Indian journal of veterinary science and animal husbandry - Volume 2,
Year: 1932
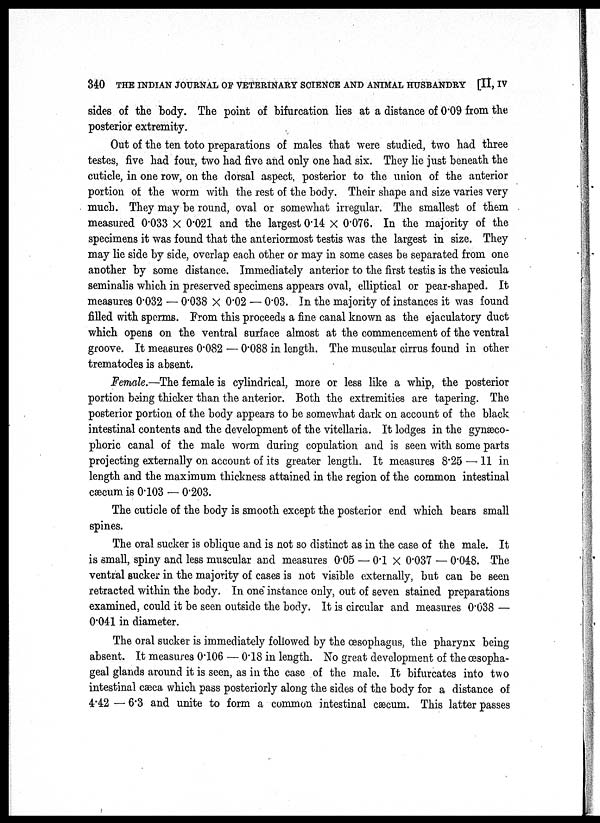
340 THE INDIAN JOURNAL OF VETERINARY SCIENCE AND ANIMAL HUSBANDRY [II, IV
sides of the body. The point of bifurcation lies at a distance of 0.09 from the
posterior extremity.
Out of the ten toto preparations of males that were studied, two had three
testes, five had four, two had five and only one had six. They lie just beneath the
cuticle, in one row, on the dorsal aspect, posterior to the union of the anterior
portion of the worm with the rest of the body. Their shape and size varies very
much. They may be round, oval or somewhat irregular. The smallest of them
measured 0.033 × 0.021 and the largest 0.14 × 0.076. In the majority of the
specimens it was found that the anteriormost testis was the largest in size. They
may lie side by side, overlap each other or may in some cases be separated from one
another by some distance. Immediately anterior to the first testis is the vesicula
seminalis which in preserved specimens appears oval, elliptical or pear-shaped. It
measures 0.032 — 0.038 × 0.02 - 0.03. In the majority of instances it was found
filled with sperms. From this proceeds a fine canal known as the ejaculatory duct
which opens on the ventral surface almost at the commencement of the ventral
groove. It measures 0.082 — 0.088 in length. The muscular cirrus found in other
trematodes is absent.
Female.—The female is cylindrical, more or less like a whip, the posterior
portion being thicker than the anterior. Both the extremities are tapering. The
posterior portion of the body appears to be somewhat dark on account of the black
intestinal contents and the development of the vitellaria. It lodges in the gynæco¬
phoric canal of the male worm during copulation and is seen with some parts
projecting externally on account of its greater length. It measures 8.25 — 11 in
length and the maximum thickness attained in the region of the common intestinal
cæcum is 0.103 — 0.203.
The cuticle of the body is smooth except the posterior end which bears small
spines.
The oral sucker is oblique and is not so distinct as in the case of the male. It
is small, spiny and less muscular and measures 0.05 - 0.1 × 0.037 - 0.048. The
ventral sucker in the majority of cases is not visible externally, but can be seen
retracted within the body. In one instance only, out of seven stained preparations
examined, could it be seen outside the body. It is circular and measures 0.038 -
0.041 in diameter.
The oral sucker is immediately followed by the œsophagus, the pharynx being
absent. It measures 0.106- 0.18 in length. No great development of the œsopha-
geal glands around it is seen, as in the case of the male. It bifurcates into two
intestinal cæca which pass posteriorly along the sides of the body for a distance of
4.42 - 6.3 and unite to form a common intestinal cæcum. This latter passes